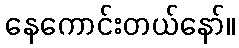
နေကောင်းတယ်နော်။